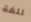
للغة